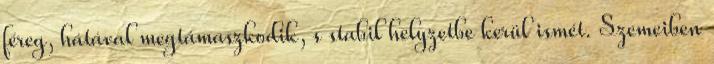
féreg, hátával megtámaszkodik, s stabil helyzetbe kerül ismét. Szemeiben